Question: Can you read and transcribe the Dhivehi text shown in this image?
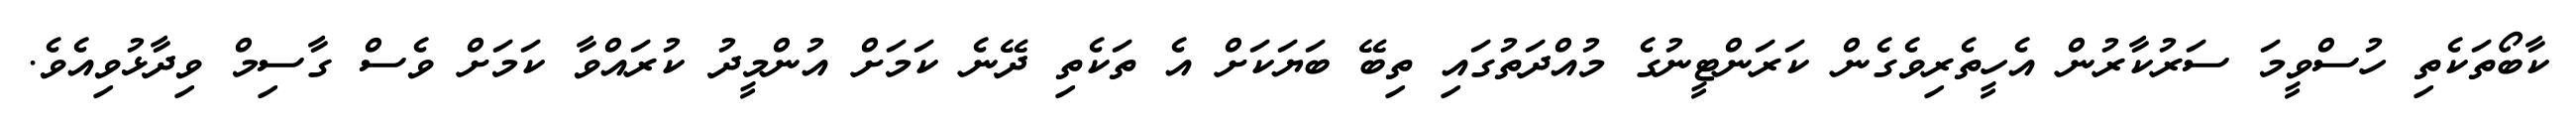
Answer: ކާބޯތަކެތި ހުސްވީމަ ސަރުކާރުން އެހީތެރިވެގެން ކަރަންޓީނުގެ މުއްދަތުގައި ތިބޭ ބަޔަކަށް އެ ތަކެތި ދޭނެ ކަމަށް އުންމީދު ކުރައްވާ ކަމަށް ވެސް ގާސިމް ވިދާޅުވިއެވެ.